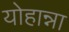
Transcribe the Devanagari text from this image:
योहान्ना